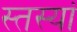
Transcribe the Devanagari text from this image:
स्तस्यां